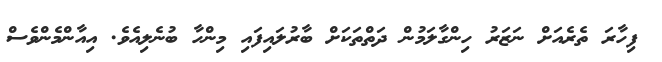
ފިހާރަ ތެރެއަށް ނަޒަރު ހިންގާލަމުން ދަތްތަކަށް ބާރުލައިފައި މިންހާ ބުނެލިއެވެ. އިއާންމެންވެސް